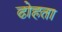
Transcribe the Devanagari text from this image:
ढोहता